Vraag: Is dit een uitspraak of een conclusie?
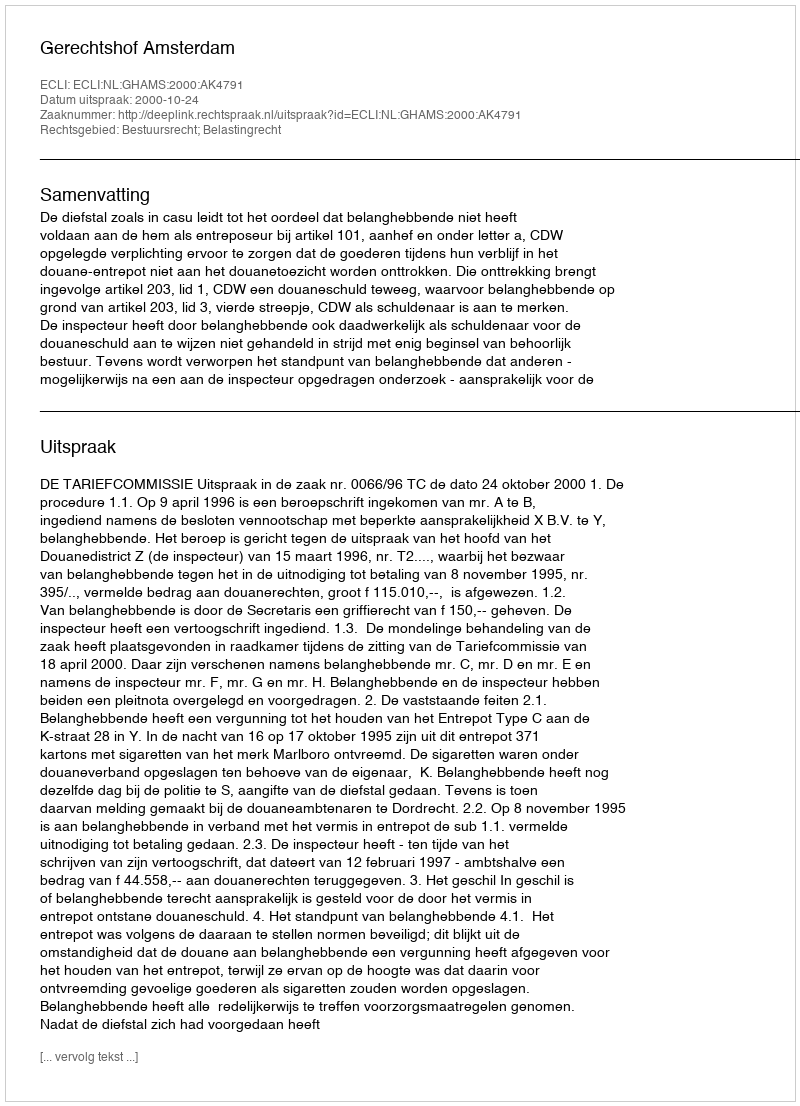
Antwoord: Uitspraak